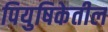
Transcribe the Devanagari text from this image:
पियुषिकेतील